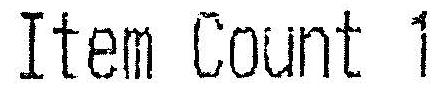
ITEM COUNT 1